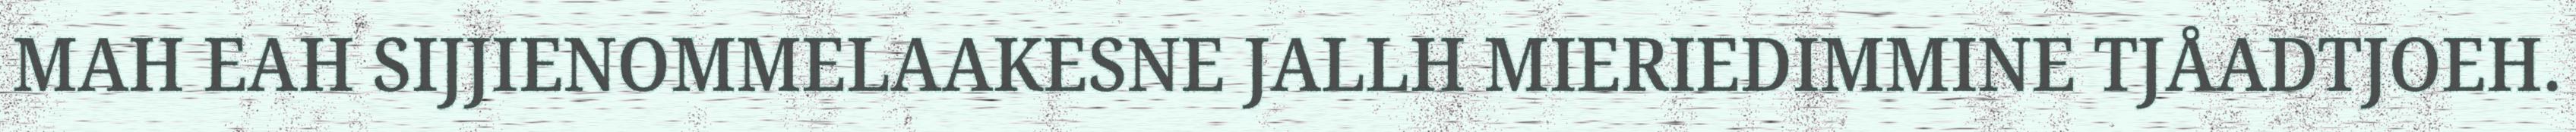
MAH EAH SIJJIENOMMELAAKESNE JALLH MIERIEDIMMINE TJÅADTJOEH.